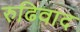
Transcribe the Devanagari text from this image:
रुढिवाद